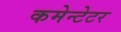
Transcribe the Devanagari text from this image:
कमेन्टेटर